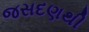
જસદણથી